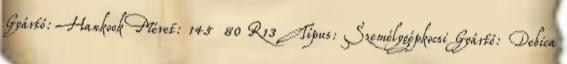
Gyártó: Hankook Méret: 145 80 R13 Típus: Személygépkocsi Gyártó: Debica